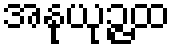
အနုယုဉ္ဇထ